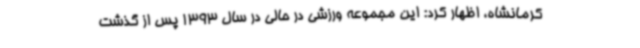
کرمانشاه، اظهار کرد: این مجموعه ورزشی در حالی در سال 1393 پس از گذشت